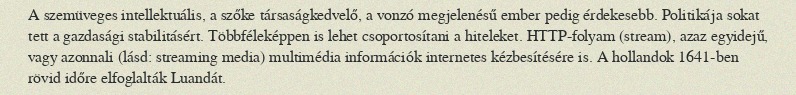
A szemüveges intellektuális, a szőke társaságkedvelő, a vonzó megjelenésű ember pedig érdekesebb. Politikája sokat tett a gazdasági stabilitásért. Többféleképpen is lehet csoportosítani a hiteleket. HTTP-folyam (stream), azaz egyidejű, vagy azonnali (lásd: streaming media) multimédia információk internetes kézbesítésére is. A hollandok 1641-ben rövid időre elfoglalták Luandát.